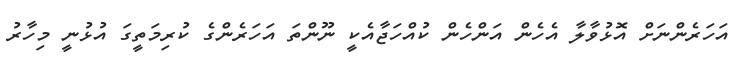
އަހަރެންނަށް އޮޅުވާލާ އެހެން އަންހެން ކުއްހަޖާއެކީ ނޫންތަ އަހަރެންގެ ކުރިމަތީގަ އުޅުނީ މިހާރު